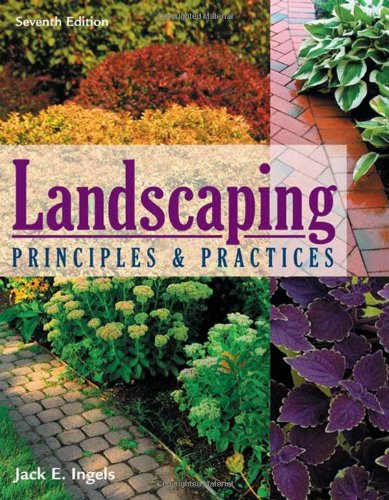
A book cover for Landscaping Principles and Practices; Jack Ingels; Arts & Photography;